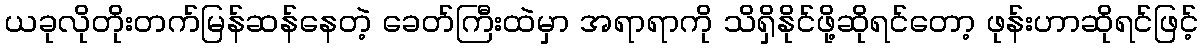
ယခုလိုတိုးတက်မြန်ဆန်နေတဲ့ ခေတ်ကြီးထဲမှာ အရာရာကို သိရှိနိုင်ဖို့ဆိုရင်တော့ ဖုန်းဟာဆိုရင်ဖြင့်